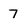
Character: 7